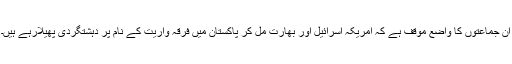
ان جماعتوں کا واضع موقف ہے کہ امریکہ اسرائیل اور بھارت مل کر پاکستان میں فرقہ واریت کے نام پر دہشتگردی پھیلارہے ہیں۔